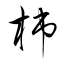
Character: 柿